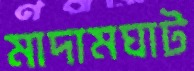
মাদামঘাট